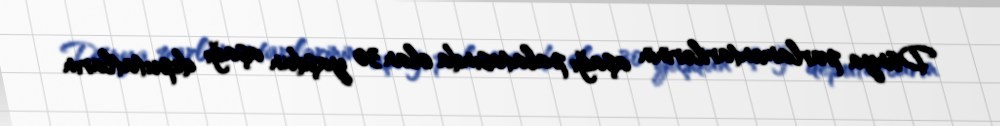
Dünya parlamentarilərinin aşağı palatasında olan 30 yaşdan aşağı deputatların